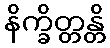
နိက္ခိတ္တန္တိ